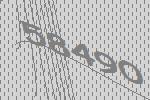
58490